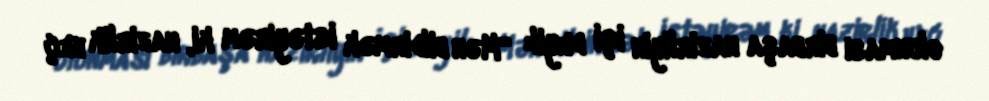
olunması birbaşa nazirliyin işi deyil: “Mən bildirmək istəyirəm ki, nazirlik heç